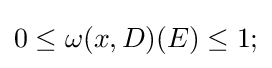
0\leq \omega (x,D)(E)\leq 1;